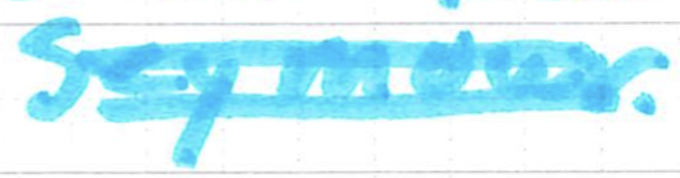
Text: Seymour.
Cross-out: double-line
Writing tool: marker